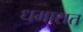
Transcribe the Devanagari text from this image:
धमारात